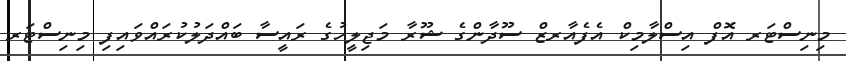
މިނިސްޓަރ އޮފް އިސްލާމިކް އެފެއާރޒް ސޫދާންގެ ޝޫރާ މަޖިލީހުގެ ރައީސާ ބައްދަލުކުރައްވައިފި މިނިސްޓަރ